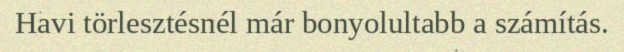
Havi törlesztésnél már bonyolultabb a számítás.